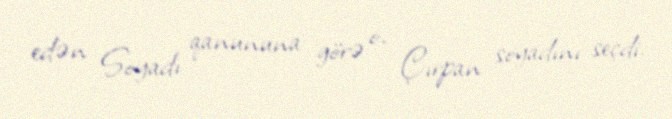
edən Soyadı qanununa görə o, Çırpan soyadını seçdi.